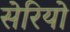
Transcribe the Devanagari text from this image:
सेरियो